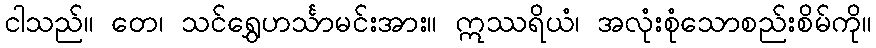
ငါသည်။ တေ၊ သင်ရွှေဟင်္သာမင်းအား။ ဣဿရိယံ၊ အလုံးစုံသောစည်းစိမ်ကို။